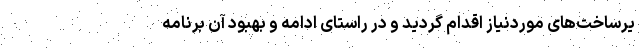
یرساخت‌های موردنیاز اقدام گردید و در راستای ادامه‌ و بهبود آن برنامه